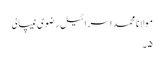
مولانا محمد اسرائیل رضوی نیپالی
۵۔